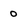
Character: 0